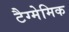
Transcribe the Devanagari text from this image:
टैग्मेमिक